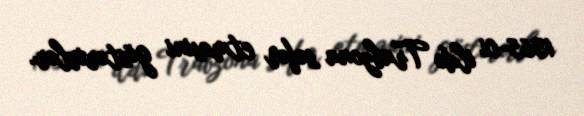
1365-ci ildə Trabzona səfər etməsini göstərirlər.